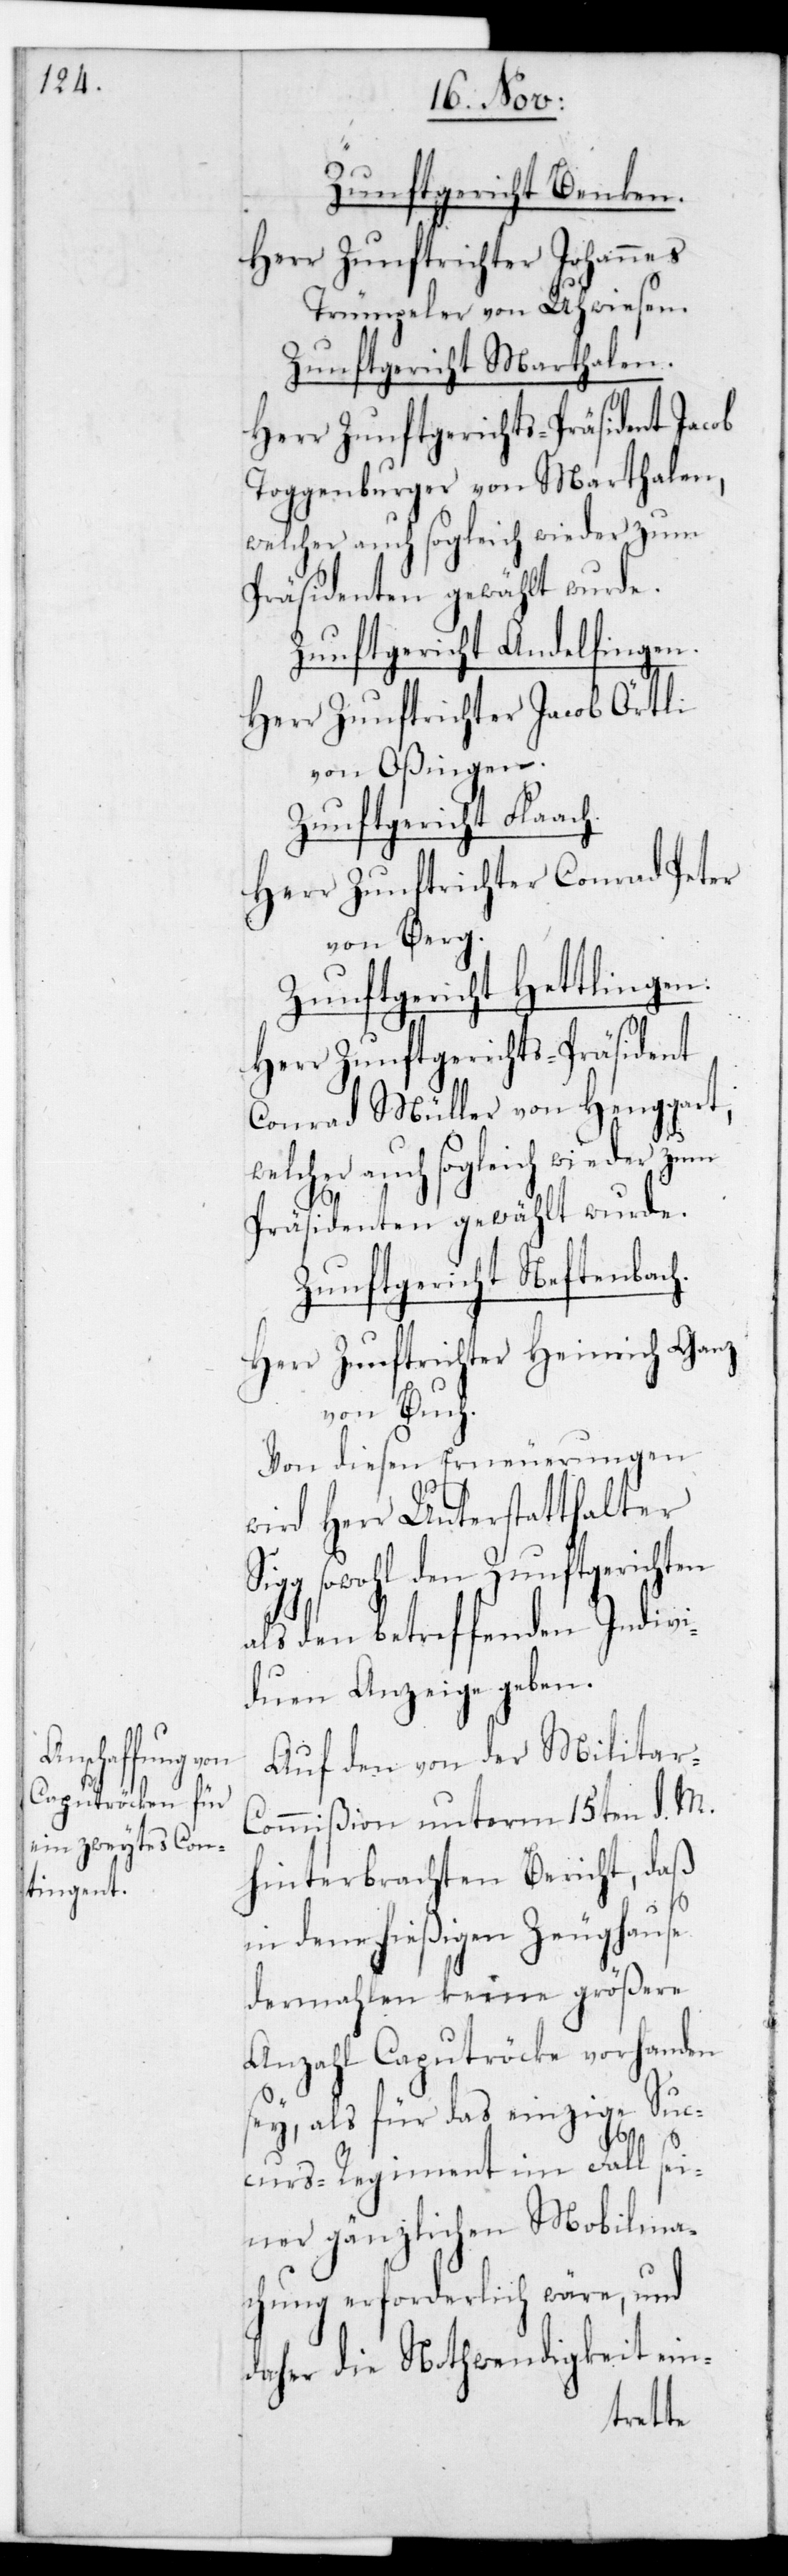
Zunftgericht Benken.
Herr Zunftrichter Johannes
Trümpeler von Uhwiesen.
Zunftgericht Marthalen.
Herr Zunftgerichts-Präsident Jacob
Toggenburger von Marthalen,
welcher auch sogleich wieder zum
Zunftgericht Andelfingen.
Herr Zunftrichter Jacob Örtli
von Oßingen.
Zunftgericht Flaac¬
Herr Zunftrichter Conrad Peter
von Berg.
Zunftgericht Hettlingen.
Herr Zunftgerichts-Präsident
Conrad Müller von Henggart,
welcher auch sogleich wieder zum
Präsidenten gewählt wurde.
Zunftgericht Neftenbach.
Herr Zunftrichter Heinrich Ganz
von Buch.
Von diesen Erneuerungen
wird Herr Unterstatthalter
sowohl den Zunftgerichten
als den betreffenden Indivi¬
duen Anzeige geben.
Auf den von der Militar-C¬
ommißion unterm 15ten d. M.
hinterbrachten Bericht, daß
in dem hießigen Zeughause
dermahlen keine größere
Anzahl Caputröcke vorhanden
sey, als für das einzige Suc¬
h.
curs-Regiment im Fall sei¬
ner gänzlichen Mobilma¬
chung erforderlich wäre, und
daher die Nothwendigkeit ein-